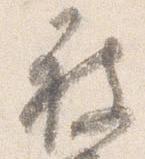
被